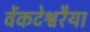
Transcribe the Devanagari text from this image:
वेंकटेश्वरैया